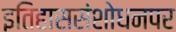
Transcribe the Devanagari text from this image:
इतिहाससंशोधनपर